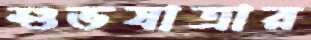
শুভযাত্রার